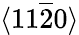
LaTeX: \langle 11\overline{{2}}0\rangle